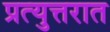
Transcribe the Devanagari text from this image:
प्रत्युत्तरात